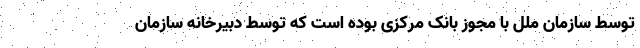
توسط سازمان ملل با مجوز بانک مرکزی بوده است که توسط دبیرخانه سازمان